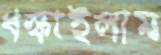
ধস্‌কাইলাম